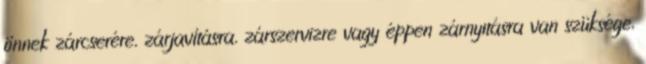
önnek zárcserére, zárjavításra, zárszervizre vagy éppen zárnyitásra van szüksége,